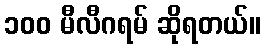
၁၀၀ မီလီဂရမ် ဆိုရတယ်။